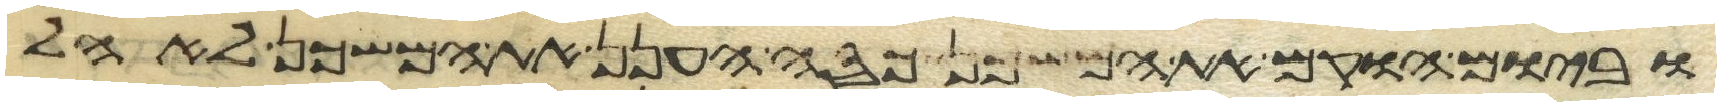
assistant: וביום הוקם את המשכן כסה הענן את המשכן לאהל